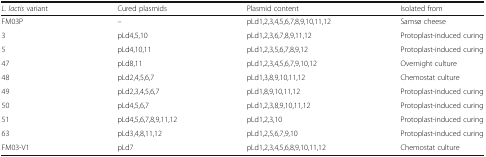
<table><thead><tr><td><b><i>L. lactis</i> variant</b></td><td><b>Cured plasmids</b></td><td><b>Plasmid content</b></td><td><b>Isolated from</b></td></tr></thead><tbody><tr><td>FM03P</td><td>–</td><td>pLd1,2,3,4,5,6,7,8,9,10,11,12</td><td>Samsø cheese</td></tr><tr><td>3</td><td>pLd4,5,10</td><td>pLd1,2,3,6,7,8,9,11,12</td><td>Protoplast-induced curing</td></tr><tr><td>5</td><td>pLd4,10,11</td><td>pLd1,2,3,5,6,7,8,9,12</td><td>Protoplast-induced curing</td></tr><tr><td>47</td><td>pLd8,11</td><td>pLd1,2,3,4,5,6,7,9,10,12</td><td>Overnight culture</td></tr><tr><td>48</td><td>pLd2,4,5,6,7</td><td>pLd1,3,8,9,10,11,12</td><td>Chemostat culture</td></tr><tr><td>49</td><td>pLd2,3,4,5,6,7</td><td>pLd1,8,9,10,11,12</td><td>Protoplast-induced curing</td></tr><tr><td>50</td><td>pLd4,5,6,7</td><td>pLd1,2,3,8,9,10,11,12</td><td>Protoplast-induced curing</td></tr><tr><td>51</td><td>pLd4,5,6,7,8,9,11,12</td><td>pLd1,2,3,10</td><td>Protoplast-induced curing</td></tr><tr><td>63</td><td>pLd3,4,8,11,12</td><td>pLd1,2,5,6,7,9,10</td><td>Protoplast-induced curing</td></tr><tr><td>FM03-V1</td><td>pLd7</td><td>pLd1,2,3,4,5,6,8,9,10,11,12</td><td>Chemostat culture</td></tr></tbody></table>